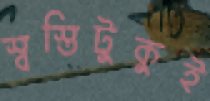
স্বস্তিটুকুই